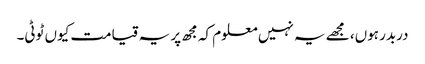
دربدر ہوں، مجھے یہ نہیں معلوم کہ مجھ پر یہ قیامت کیوں ٹوٹی۔